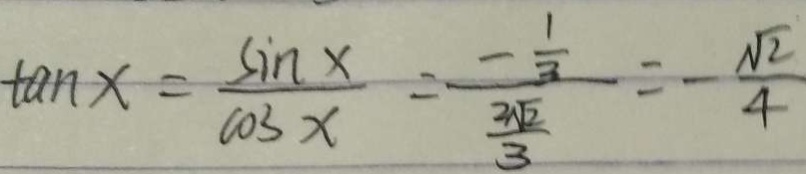
\tan x = \frac { \sin x } { \cos x } = \frac { - \frac { 1 } { 3 } } { \frac { 2 \sqrt { 2 } } { 3 } } = - \frac { \sqrt { 2 } } { 4 }